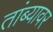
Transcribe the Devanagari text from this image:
तांब्यावर